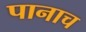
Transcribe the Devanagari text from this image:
पानाच